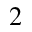
2